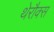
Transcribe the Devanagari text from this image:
थेरौक्स